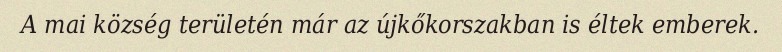
A mai község területén már az újkőkorszakban is éltek emberek.